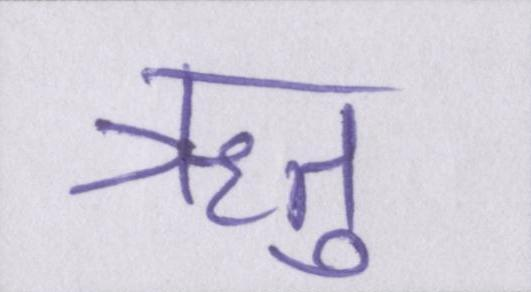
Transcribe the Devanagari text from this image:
ऋतु